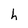
Character: h